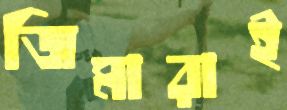
জিমারাই